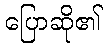
ပြောဆို၏